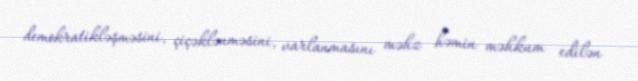
demokratikləşməsini, çiçəklənməsini, varlanmasını məhz həmin məhkum edilən